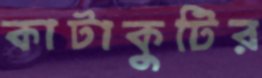
কাটাকুটির